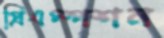
প্রিএম্পশন